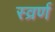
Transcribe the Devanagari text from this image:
स्व्रर्ण